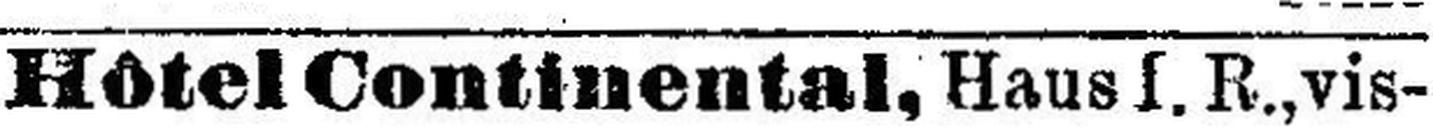
Hôtel Continental, Haus s. R., vis-